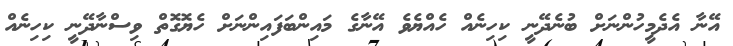
އޭނާ އެދެމީހުންނަށް ބުނެދޭނީ ކިހިނެއް ހެއްޔެވެ އޭނާގެ މައިންބަފައިންނަށް ހެޔޮގޮތް ވިސްނާދޭނީ ކިހިނެއް